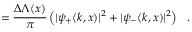
= \frac { \Delta \Lambda ( x ) } { \pi } \left( | \psi _ { + } ( k , x ) | ^ { 2 } + | \psi _ { - } ( k , x ) | ^ { 2 } \right) \ \ .